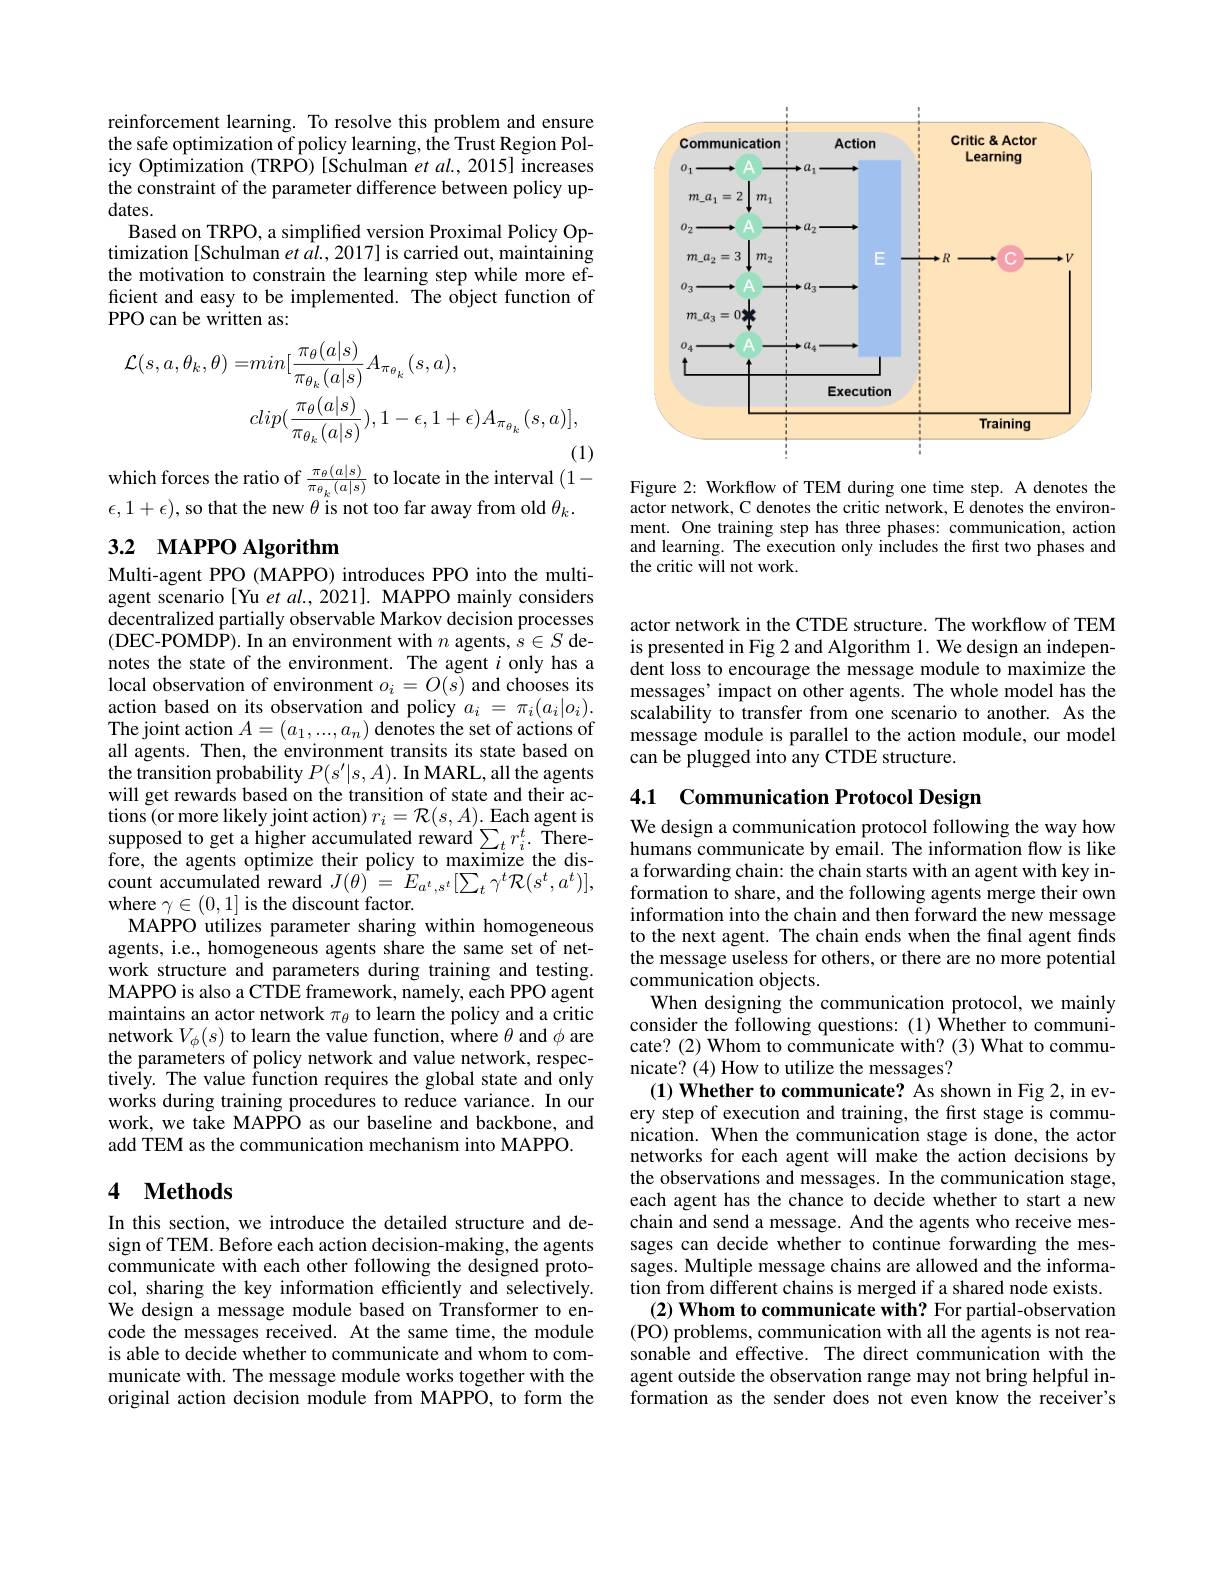
reinforcement learning. To resolve this problem and ensure the safe optimization of policy learning, the Trust Region Policy Optimization (TRPO) [Schulman et al., 2015] increases the constraint of the parameter difference between policy up- $dates.$
Based on TRPO, a simplified version Proximal Policy Optimization [Schulman et $\hat{al}.,2017]$ is carried out, maintaining the motivation to constrain the learning step while more efficient and easy to be implemented. The object function of PPO can be written as:
$$\begin{aligned}\mathcal{L}(s,a,\theta_{k},\theta)=&min[\frac{\pi_{\theta}(a|s)}{\pi_{\theta_{k}}(a|s)}A_{\pi_{\theta_{k}}}(s,a),\\&clip(\frac{\pi_{\theta}(a|s)}{\pi_{\theta_{k}}(a|s)}),1-\epsilon,1+\epsilon)A_{\pi_{\theta_{k}}}(s,a)],\end{aligned}$$
which forces the ratio of $\frac{\pi_\theta(a|s)}{\pi_{\theta_k}(a|s)}$ to locate in the interval (1-

$\epsilon,1+\epsilon)$, so that the new $\theta$ is not too far away from old $\theta_k.$

# 3.2 MAPPO Algorithm

Multi-agent PPO (MAPPO) introduces PPO into the multiagent scenario[Yu et al., 2021]. MAPPO mainly considers decentralized partially observable Markov decision processes (DEC-POMDP). In an environment with $n$ agents, $s\in S$ denotes the state of the environment. The agent $i$ only has a local observation of environment $o_i=O(s)$ and chooses its action based on its observation and policy $a_i=\pi_i(a_i|o_i).$ The joint action $A=(a_1,...,a_n)$ denotes the set of actions of all agents. Then, the environment transits its state based on the transition probability $P(s^{\prime}|s,A).$ In MARL, all the agents will get rewards based on the transition of state and their ac- $\operatorname{tions}($or more likely joint action$)r_i=\mathcal{R}(s,A).$Each agent is supposed to get a higher accumulated reward $\sum_tr_i^t.$ Therefore, the agents optimize their policy to maximize the discount accumulated reward $J(\theta)=E_{a^{t},s^{t}}[\sum_{t}\gamma^{t}{\mathcal R}(s^{t},a^{t})]$, where $\gamma\in(0,1]$ is the discount factor.
MAPPO utilizes parameter sharing within homogeneous agents, i.e., homogeneous agents share the same set of network structure and parameters during training and testing. MAPPO is also a CTDE framework, namely, each PPO agent maintains an actor network $\pi_\theta$ to learn the policy and a critic network $V_\phi(s)$ to learn the value function, where $\theta$ and $\phi$ are the parameters of policy network and value network, respectiveÎy. The value function requires the global state and $\hat{\text{only}}$ works during training procedures to reduce variance. In our work, we take MAPPO as our baseline and backbone, and add TEM as the communication mechanism into MAPPO.

### 4 $\textbf{Methods}$

In this section, we introduce the detailed structure and design of TEM. Before each action decision-making, the agents communicate with each other following the designed protocol, sharing the key information efficiently and selectively. We design a message module based on Transformer to encode the messages received. At the same time, the module is able to decide whether to communicate and whom to communicate with. The message module works together with the original action decision module from MAPPO, to form the

<FigureHere>

Figure 2: Workflow of TEM during one time step. A denotes the actor network, C denotes the critic network, E denotes the environment. One training step has three phases: communication, action and learning. The execution only includes the first two phases and the critic will not work.

actor network in the CTDE structure. The workflow of TEM is presented in Fig 2 and Algorithm 1. We design an independent loss to encourage the message module to maximize the messages' impact on other agents. The whole model has the scalability to transfer from one scenario to another. As the message module is parallel to the action module, our model can be plugged into any CTDE structure.

## 4.1 Communication Protocol Design

We design a communication protocol following the way how humans communicate by email. The information flow is like a forwarding chain: the chain starts with an agent with key information to share, and the following agents merge their own information into the chain and then forward the new message to the next agent. The chain ends when the final agent finds the message useless for others, or there are no more potential communication objects.
When designing the communication protocol, we mainly consider the following questions: (1) Whether to communicate? (2) Whom to communicate with? (3) What to communicate? (4) How to utilize the messages?
(1) Whether to communicate? As shown in Fig 2, in every step of execution and training, the first stage is commu- ${\mathrm{nication.~When~the~communication~stage~is~done,~the~actor}}$ networks for each agent will make the action decisions by the observations and messages. In the communication stage, each agent has the chance to decide whether to start a new chain and send a message. And the agents who receive messages can decide whether to continue forwarding the messages. Multiple message chains are allowed and the information from different chains is merged if a shared node exists.
(2) Whom to communicate with? For partial-observation (PO) problems, communication with all the agents is not reasonable and effective. The direct communication with the agent outside the observation range may not bring helpful information as the sender does not even know the receiver's